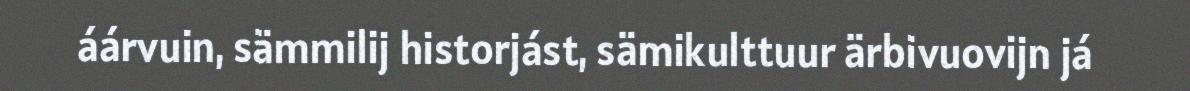
áárvuin, sämmilij historjást, sämikulttuur ärbivuovijn já